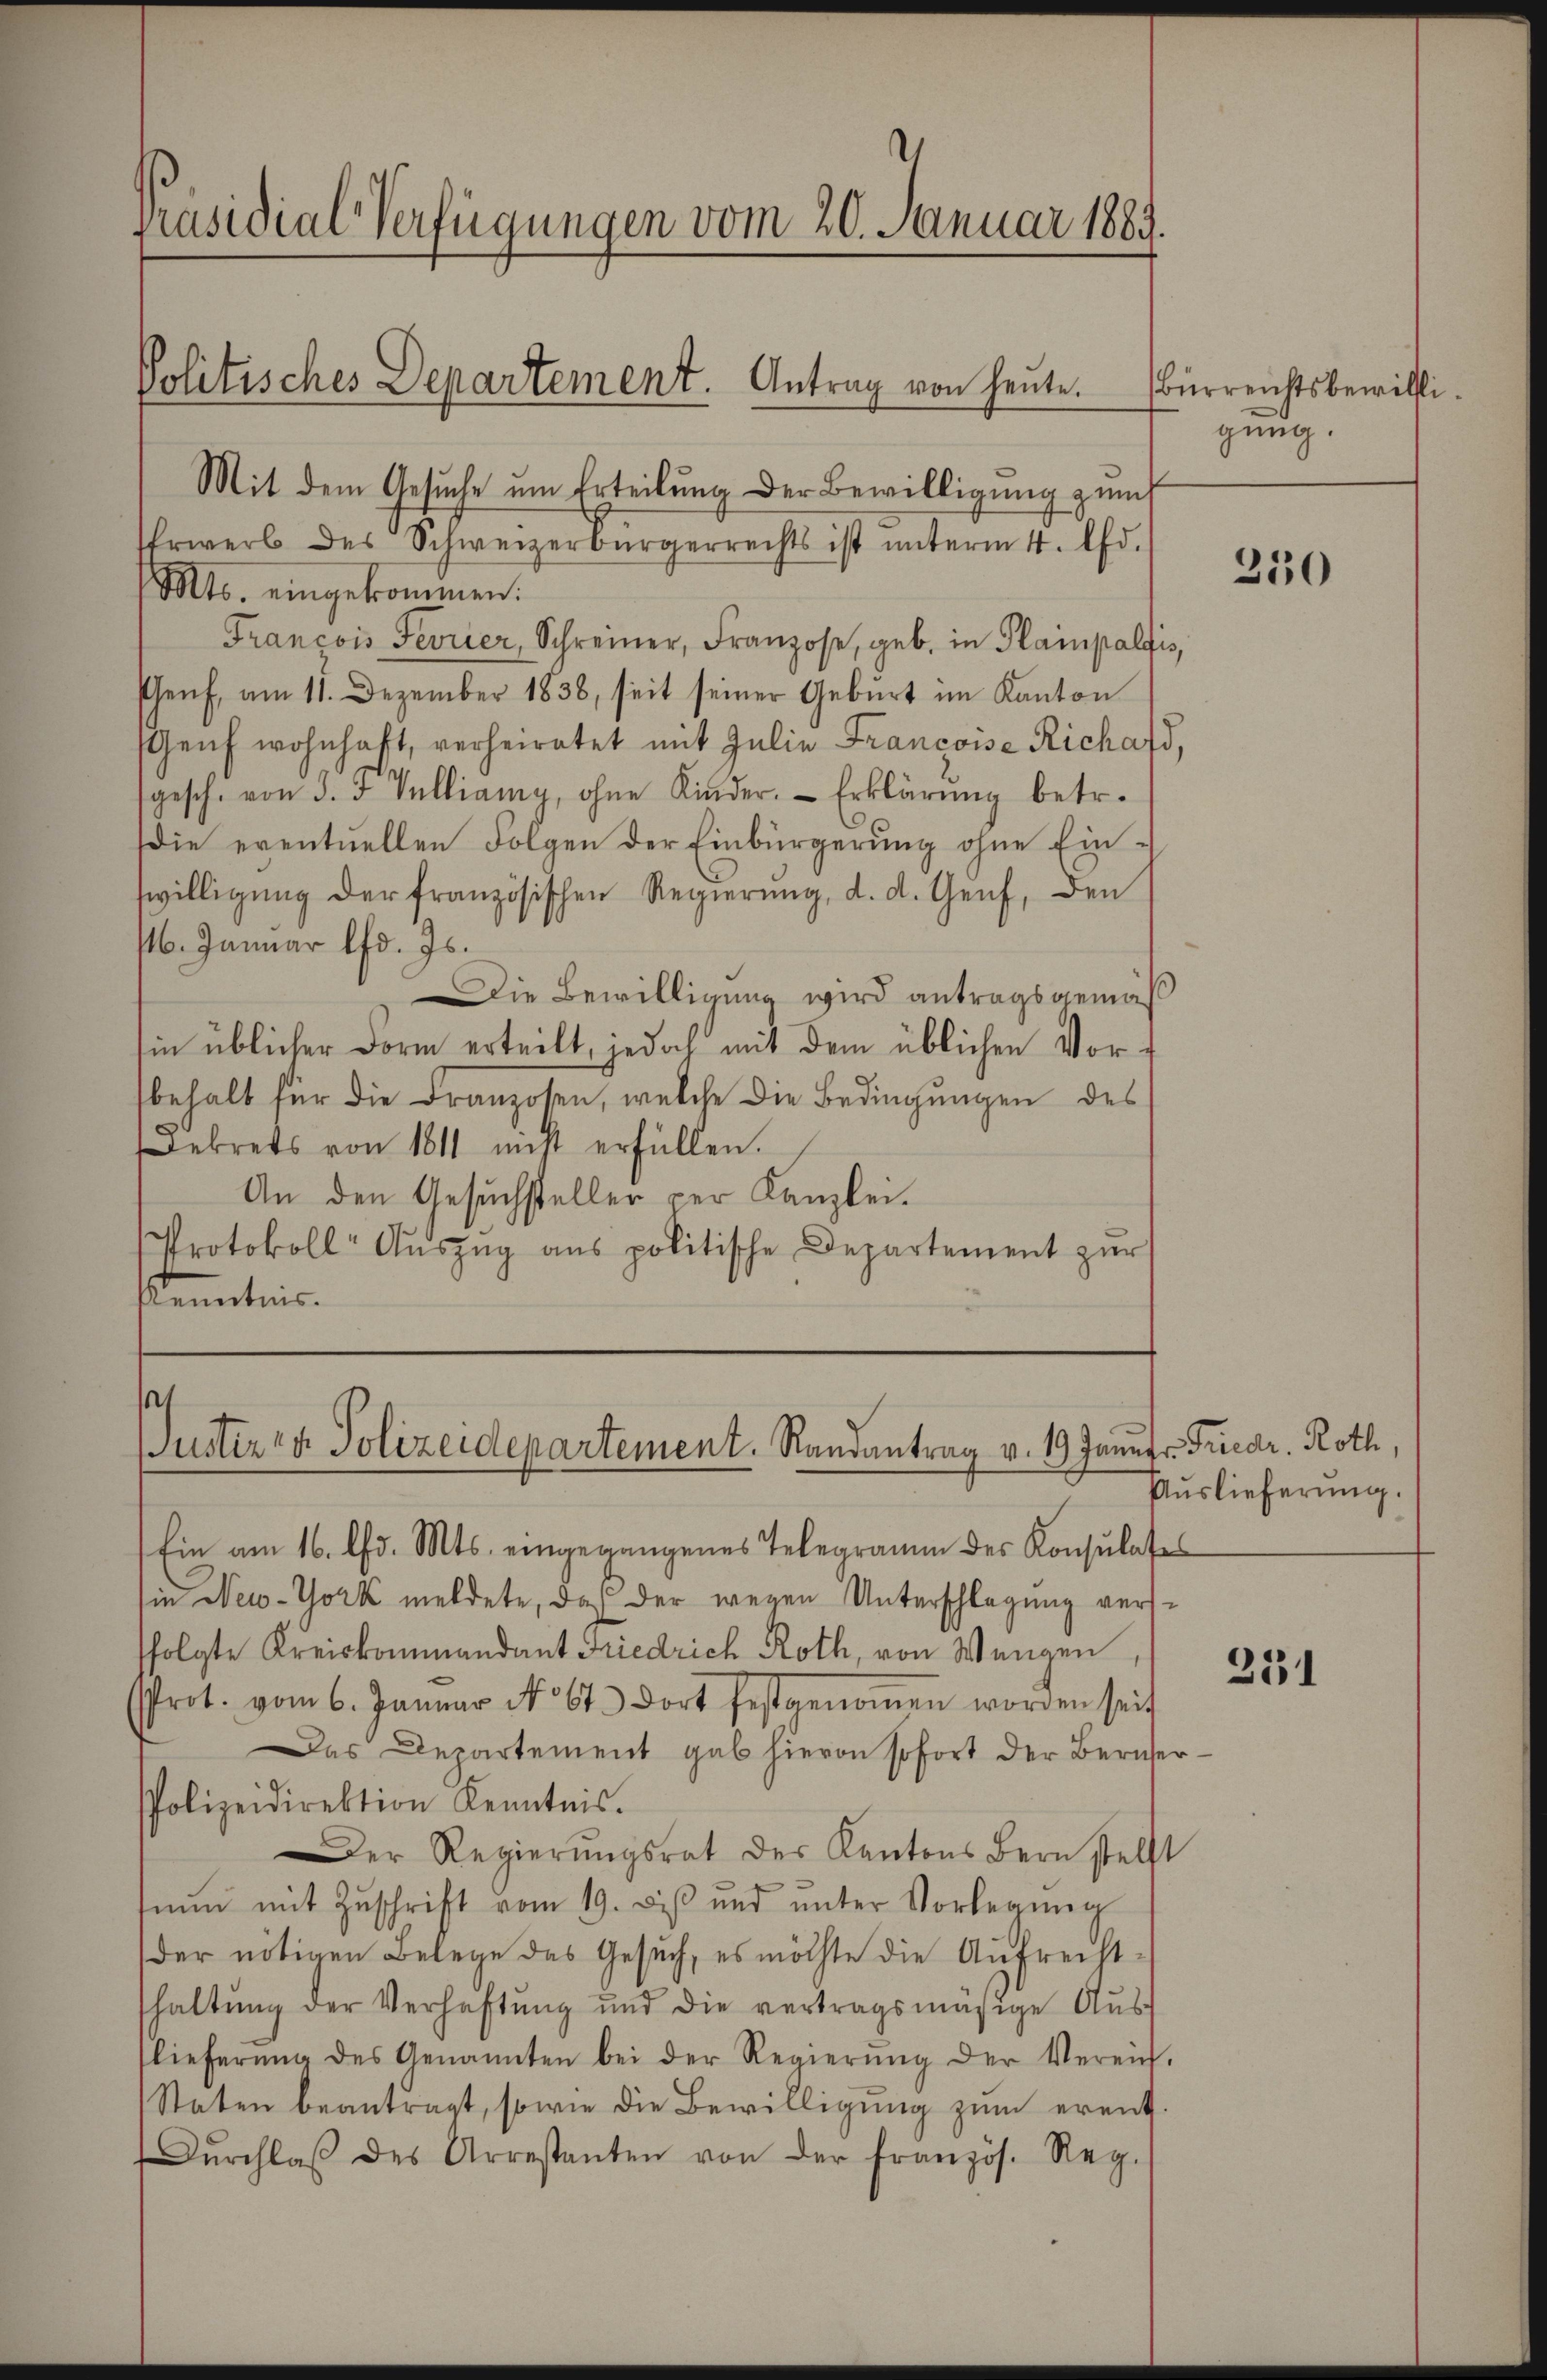
François Fevrier, Schreiner, Franzose, geb. in Plampaldis,
schenf, am 11. Dezember 1838, seit seiner Geburt im Kanton
Genf wohnhaft, verheiratet mit Julie Francoise Richaft,
sgesch. von S. 3 Vulliany, ohne Kinder. Erklärung betr.
die eventuellen Folgen der Einbürgerung ohne Einwilligung der französischen Regierung, d. d. Genf, den
16. Januar lfd. Js.
Die Bewilligung wird antragsgemäß
in üblicher Form erteilt, jedoch mit dem üblichen Vor-
behalt für die Franzosen, welche die Bedingungen des
ekrets von 1811 nicht erfüllen.
An den Gesuchsteller der Kanzlei.
Protokoll-Aŭszŭg ans politische Departement zŭr
Kenntnis.

Präsidial-Verfügungen vom 20. Januar 1889.

Politisches Departement. Antrag von heute.
Mit dem Gesŭche um Erteilung der Bewilligung zum
Erwerb des Schweizerbürgerrechts ist ŭnterm 4. Ad.
Mts. eingekommen.

Quitiren Polizeidepartement. Randantrag v. 19 Janngr. Friedr. Roth,
Ein am 16. d. Mts. eingegangenes Telegramm des Konsulates

in New-York meldete, daß der wegen Unterschlagung verssfolgte Kreiskommandant Friedrich Roth, von Wangen,
Prot. vom 6. Januar No 67. dort festgenoṁen worden seit
Das Departement gab hievon sofort der Bernher
PPolizeidirektion Kenntnis.
Der Regierŭngsrat des Kantons Bern stellt
nun mit Zuschrift vom 19. bis und unter Vorlegung
der nötigen Belege das Gesuch, es möchte die Aufrecht-
haltung der Verhaftung und die vertragsmäsige Aŭs-
lieferŭng des Genannten bei der Regierŭng der Vereis-
Staten beantragt, sowie die Bewilligung zum erent¬
Dŭrchlaβ des Arrestanten von der französ. Reg.

Bürreichtsbewilli
gung.

250

Auslieferung.

231